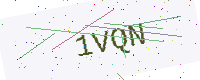
Text: 1VQN